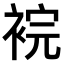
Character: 𧚁